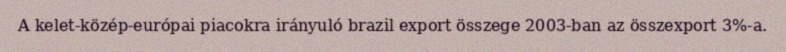
A kelet-közép-európai piacokra irányuló brazil export összege 2003-ban az összexport 3%-a.